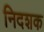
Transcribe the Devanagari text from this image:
निदशक